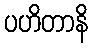
ပဟိတာနိ